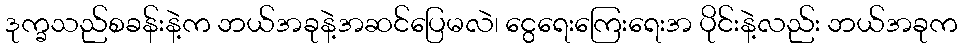
ဒုက္ခသည်စခန်းနဲ့က ဘယ်အခုနဲ့အဆင်ပြေမလဲ၊ ငွေရေးကြေးရေးအ ပိုင်းနဲ့လည်း ဘယ်အခုက